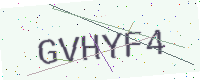
Text: GVHYF4